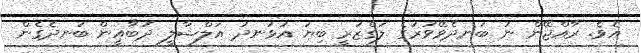
އެވެ. ރާއްޖޭން ނު ބަނދެވޭވަރުގެ ލަގްޒަރީ ބިޔަ އުޅަނދު އަލްޝާލީ ދުބާއީން ބަނދެގެން